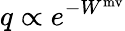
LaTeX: q\propto e^{-W^{\mathrm{mv}}}